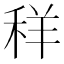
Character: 𮃁